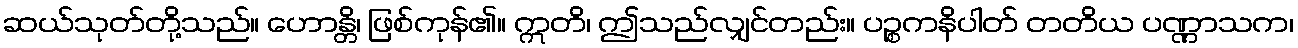
ဆယ်သုတ်တို့သည်။ ဟောန္တိ၊ ဖြစ်ကုန်၏။ ဣတိ၊ ဤသည်လျှင်တည်း။ ပဉ္စကနိပါတ် တတိယ ပဏ္ဏာသက၊